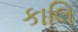
કાલિ